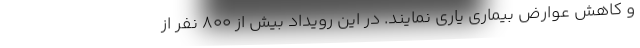
و کاهش عوارض بیماری یاری نمایند. در این رویداد بیش از 800 نفر از